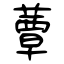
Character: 蕈